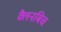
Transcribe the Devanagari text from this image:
क्लैनबिच